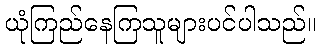
ယုံကြည်နေကြသူများပင်ပါသည်။